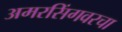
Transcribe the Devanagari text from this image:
अमरसिंगवरचा